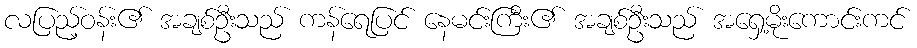
လပြည့်ဝန်း၏ အချစ်ဦးသည် ကန်ရေပြင် နေမင်းကြီး၏ အချစ်ဦးသည် အရှေ့မိုးကောင်းကင်